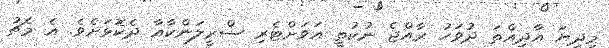
މިދިޔަ އާދިއްތަ ދުވަހު ރާއްޖެ ނުކުތީ އަވަށްޓެރި ސްރީލަންކާއާ ދެކޮޅަށެވެ. އެ މެޗު